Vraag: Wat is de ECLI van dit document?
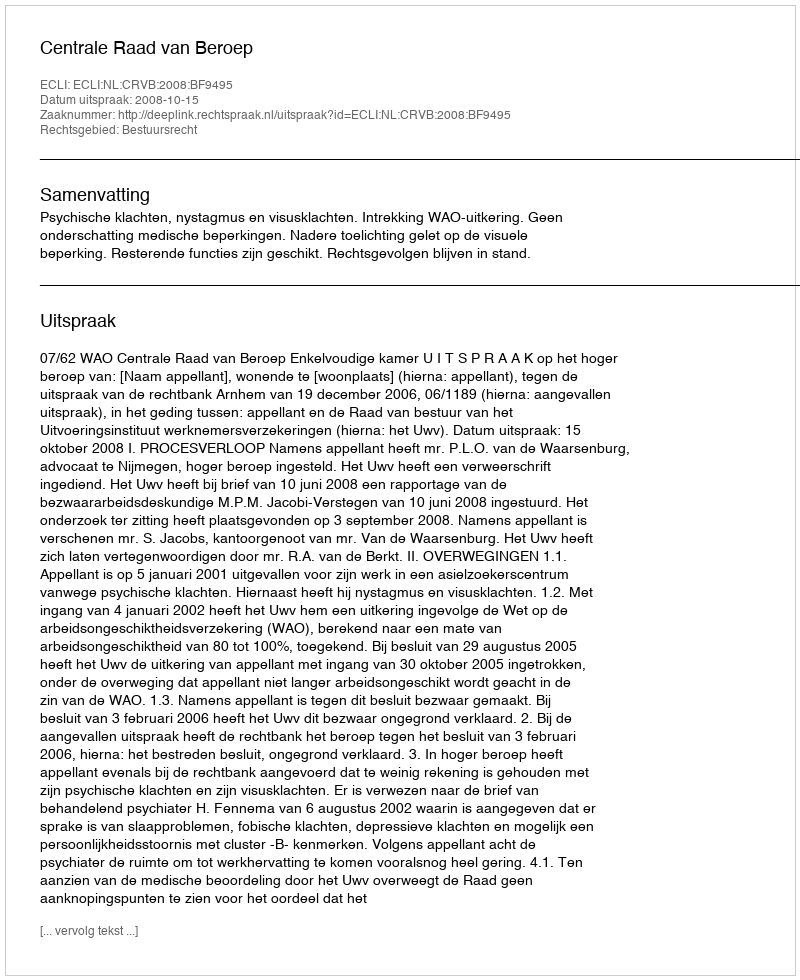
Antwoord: ECLI:NL:CRVB:2008:BF9495